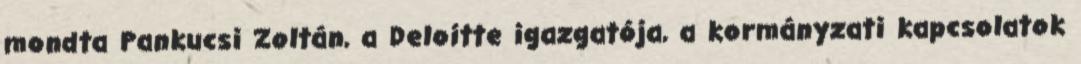
mondta Pankucsi Zoltán, a Deloitte igazgatója, a kormányzati kapcsolatok